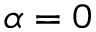
\alpha = 0